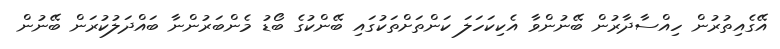
އޭގެއިތުރުން ހިއްސާދާރުން ބޭނުންވާ އެކިކަހަލަ ކަންތަށްތަކުގައި ބޭންކުގެ ބޯޑު މެންބަރުންނާ ބައްދަލުކުރަން ބޭނުން